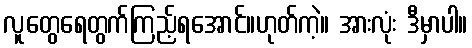
လူတွေရေတွက်ကြည့်ရအောင်။ဟုတ်ကဲ့။ အားလုံး ဒီမှာပါ။